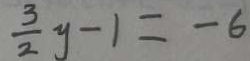
\frac { 3 } { 2 } y - 1 = - 6